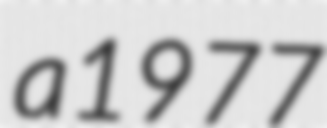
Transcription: a 1977